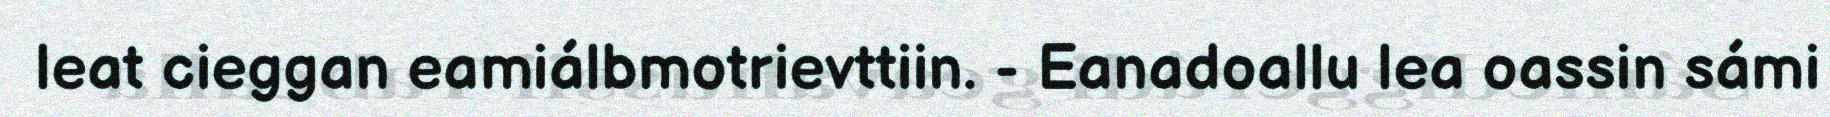
leat cieggan eamiálbmotrievttiin. - Eanadoallu lea oassin sámi